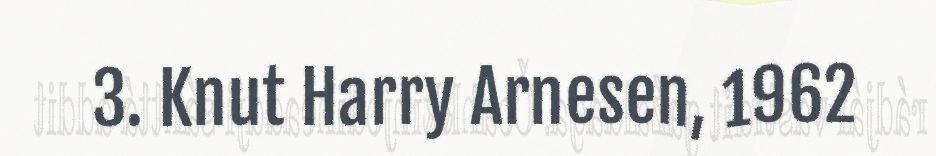
3. Knut Harry Arnesen, 1962